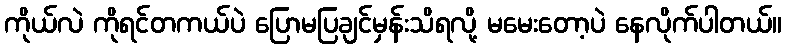
ကိုယ်လဲ ကိုရင်တကယ်ပဲ ပြောမပြချင်မှန်းသိရလို့ မမေးတော့ပဲ နေလိုက်ပါတယ်။